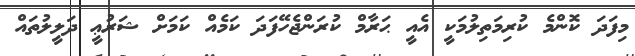
މިފަދަ ކޮންމެ ކުރިމަތިލުމަކީ އެއީ ޙަރާމް ކުރަންޖެހޭފަދަ ކަމެއް ކަމަށް ޝަރުޢީ ދަލީލުތައް